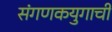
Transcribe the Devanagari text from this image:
संगणकयुगाची